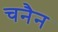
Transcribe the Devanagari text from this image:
चनैन